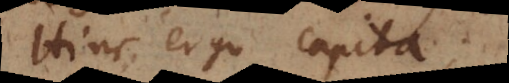
Hinc ergo capita